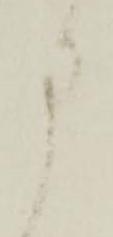
申